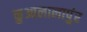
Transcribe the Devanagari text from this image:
कुआलालापुंर